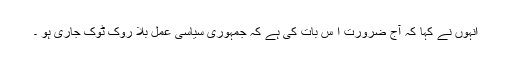
انہوں نے کہا کہ آج ضرورت ا س بات کی ہے کہ جمہوری سیاسی عمل بلا روک ٹوک جاری ہو ۔